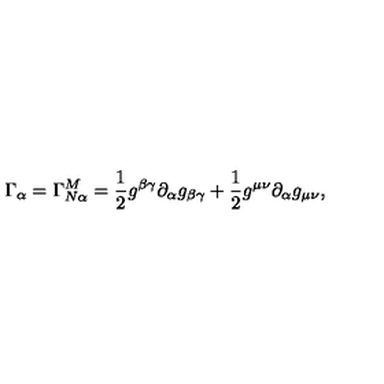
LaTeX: \Gamma _ { \alpha } = \Gamma _ { N \alpha } ^ { M } = \frac { 1 } { 2 } g ^ { \beta \gamma } \partial _ { \alpha } g _ { \beta \gamma } + \frac { 1 } { 2 } g ^ { \mu \nu } \partial _ { \alpha } g _ { \mu \nu } ,